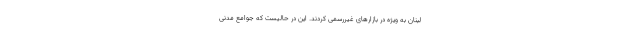
لبنان به ویژه در بازارهای غیررسمی کردند. این در حالیست که جوامع مدنی